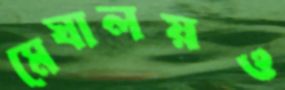
মেঘালয়ও